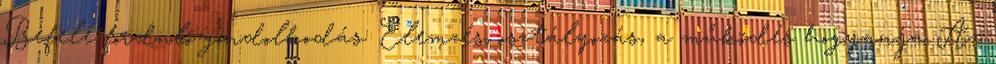
Befelé forduló gondolkodás: Elemzés, osztályozás, a működés hogyanja Az